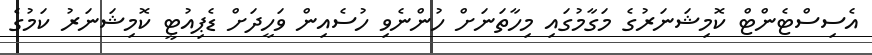
އެސިސްޓެންޓް ކޮމިޝަނަރުގެ މަގާމުގައި މިހާތަނަށް ހުންނެވި ހުސެއިން ވަހީދަށް ޑެޕިއުޓީ ކޮމިޝަނަރު ކަމުގެ